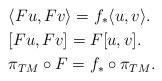
LaTeX: \begin{align*} & \langle Fu,Fv \rangle=f_{*}\langle u,v\rangle. \\& [Fu,Fv]=F[u,v]. \\& \pi_{TM}\circ F=f_{*}\circ \pi_{TM}.\end{align*}